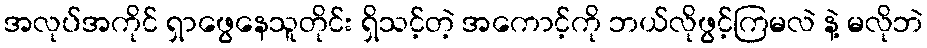
အလုပ်အကိုင် ရှာဖွေနေသူတိုင်း ရှိသင့်တဲ့ အကောင့်ကို ဘယ်လိုဖွင့်ကြမလဲ နဲ့ မလိုဘဲ